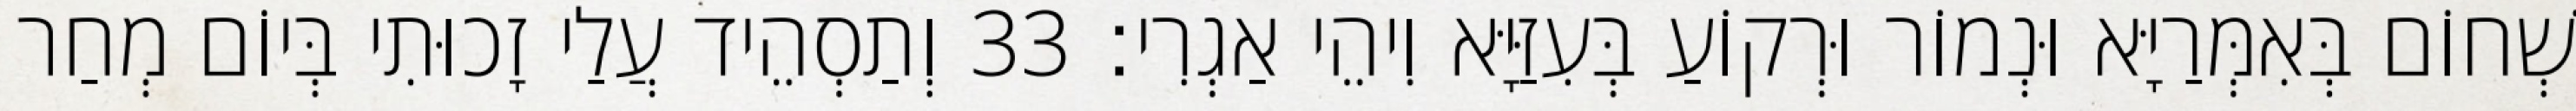
שְׁחוֹם בְּאִמְּרַיָּא וּנְמוֹר וּרְקוֹעַ בְּעִזַּיָּא וִיהֵי אַגְרִי׃ 33 וְתַסְהֵיד עֲלַי זָכוּתִי בְּיוֹם מְחַר